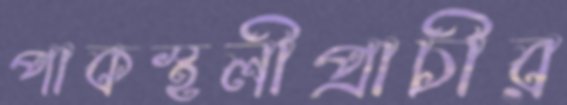
পাকস্থলীপ্রাচীর